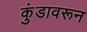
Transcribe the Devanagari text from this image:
कुंडावरून